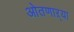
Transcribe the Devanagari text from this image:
ओतणाऱ्या